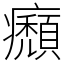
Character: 㿗